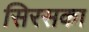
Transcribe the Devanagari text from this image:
सिरसका